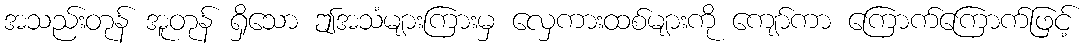
အသည်းတုန် အူတုန် ရှိသော ဤအသံများကြားမှ လှေကားထစ်များကို ကျော်ကာ ကြောက်ကြောက်ဖြင့်